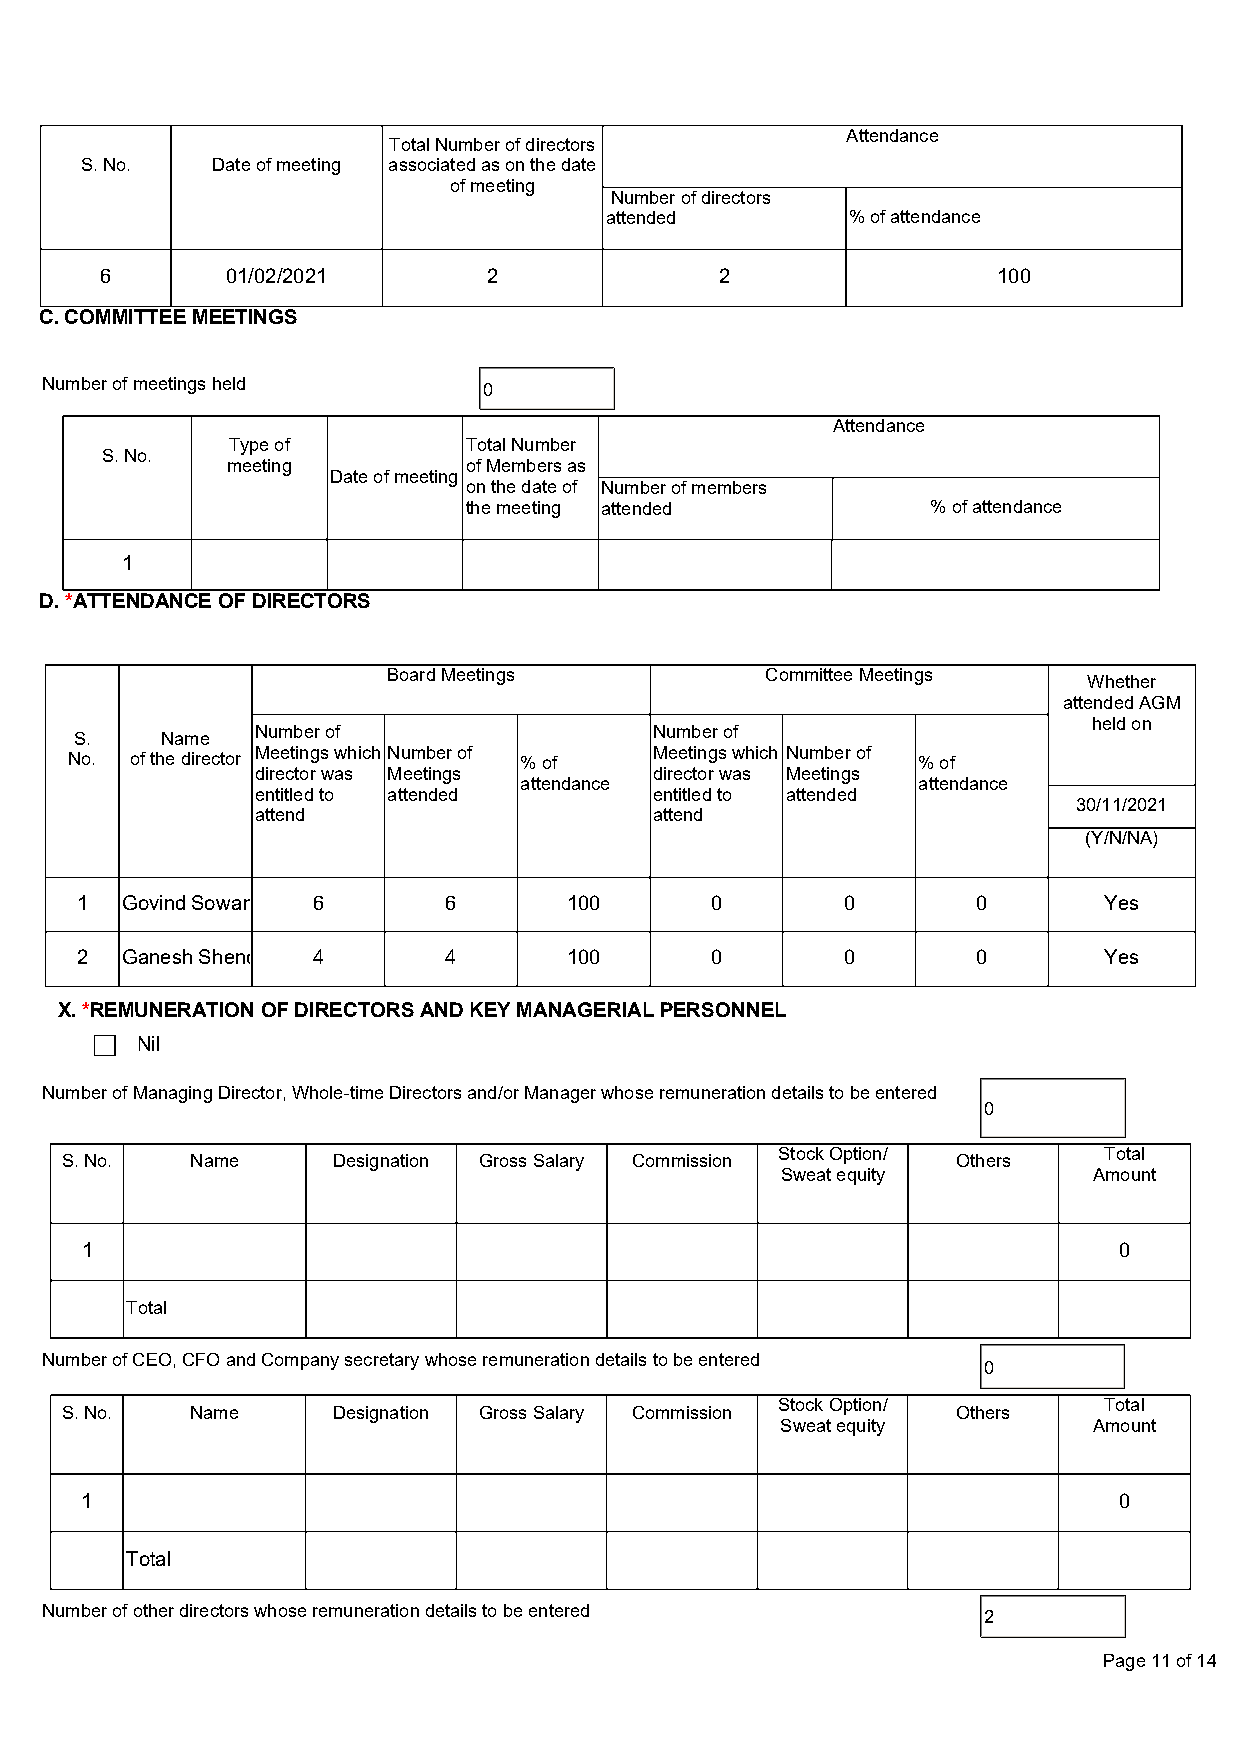
Attendance
 Total Number of directors
 S. No.   Date of meeting associated as on the date
 of meeting
 Number of directors
 attended        % of attendance
 6       01/02/2021       2               2                 100
 C. COMMITTEE MEETINGS
 Number of meetings held      0
 Attendance
 Type of         Total Number
 S. No.
 meeting         of Members as
 Date of meeting
 on the date of Number of members
 the meeting attended           % of attendance
 1
 D. *ATTENDANCE OF DIRECTORS
 Board Meetings           Committee Meetings
 Whether
 attended AGM
 held on
 S.    Name  Number of                 Number of
 Meetings which Number of  Meetings which Number of
 No. of the director          % of                       % of
 director was Meetings
 attendance
 director was Meetings
 attendance
 entitled to attended      entitled to attended
 30/11/2021
 attend                    attend
 (Y/N/NA)
 1  Govind Sowan 6       6        100      0        0        0       Yes
 2  Ganesh Sheno 4       4        100      0        0        0       Yes
 X. *REMUNERATION OF DIRECTORS AND KEY MANAGERIAL PERSONNEL
 Nil
 Number of Managing Director, Whole-time Directors and/or Manager whose remuneration details to be entered
 0
 Stock Option/         Total
 S. No.   Name     Designation Gross Salary Commission      Others
 Sweat equity        Amount
 1                                                                    0
 Total
 Number of CEO, CFO and Company secretary whose remuneration details to be entered
 0
 Stock Option/         Total
 S. No.   Name     Designation Gross Salary Commission      Others
 Sweat equity        Amount
 1                                                                    0
 Total
 Number of other directors whose remuneration details to be entered
 2
 Page 11 of 14